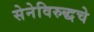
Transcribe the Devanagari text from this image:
सेनेविरुद्धचे